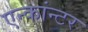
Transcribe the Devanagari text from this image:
एन्कांन्टर